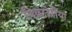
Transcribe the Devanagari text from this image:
विक्टोरीया